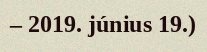
– 2019. június 19.)